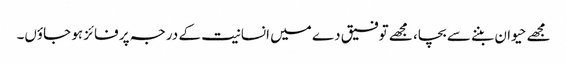
مجھے حیوان بننے سے بچا، مجھے توفیق دے میں انسانیت کے درجہ پر فائز ہو جاؤں۔